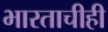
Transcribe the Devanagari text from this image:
भारताचीही